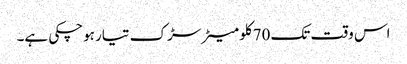
اس وقت تک 70کلو میٹر سڑک تیار ہوچکی ہے۔